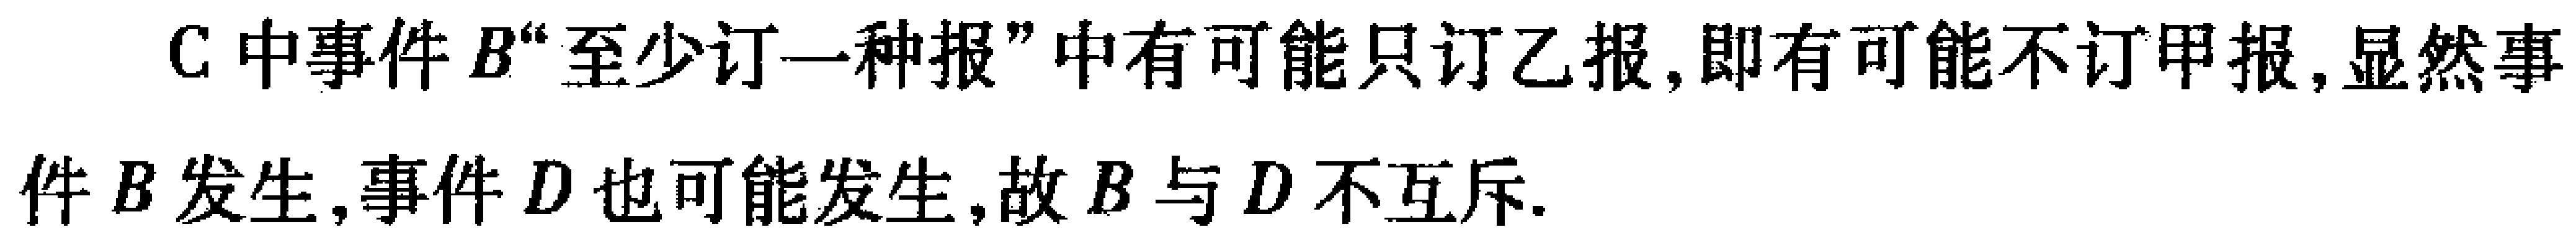
C中事件\(B\)“至少订一种报”中有可能只订乙报,即有可能不订甲报,显然事件\(B\)发生,事件\(D\)也可能发生,故\(B\)与\(D\)不互斥.